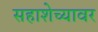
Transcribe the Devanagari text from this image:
सहाशेच्यावर